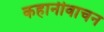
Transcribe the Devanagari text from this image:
कहानीवाचन